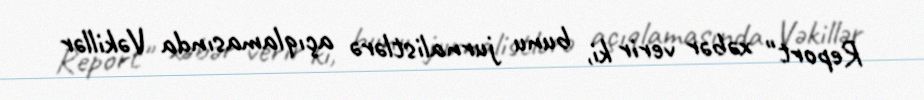
Report" xəbər verir ki, bunu jurnalistlərə açıqlamasında Vəkillər